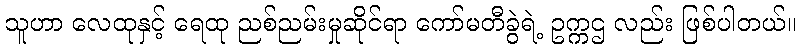
သူဟာ လေထုနှင့် ရေထု ညစ်ညမ်းမှုဆိုင်ရာ ကော်မတီခွဲရဲ့ ဥက္ကဌ လည်း ဖြစ်ပါတယ်။